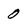
Character: 0